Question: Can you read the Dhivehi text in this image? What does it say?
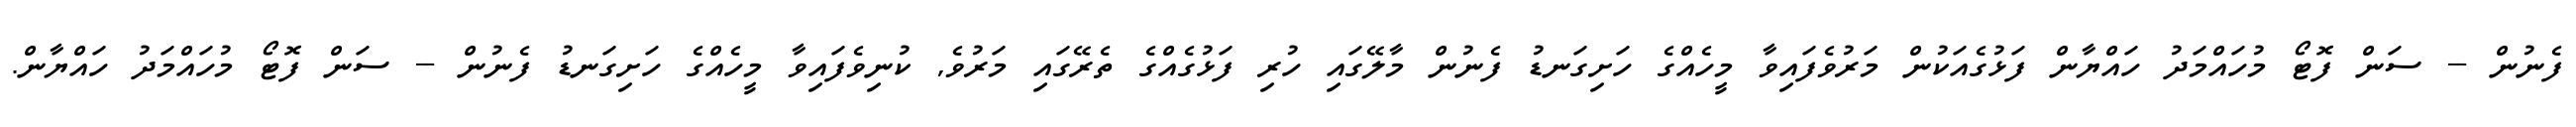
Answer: ފެނުން -- ސަން ފޮޓޯ މުހައްމަދު ހައްޔާން ފަޅުގެއަކުން މަރުވެފައިވާ މީހެއްގެ ހަށިގަނޑު ފެނުން މާލޭގައި ހުރި ފަޅުގެއްގެ ތެރޭގައި މަރުވެ, ކުނިވެފައިވާ މީހެއްގެ ހަށިގަނޑު ފެނުން -- ސަން ފޮޓޯ މުހައްމަދު ހައްޔާން.